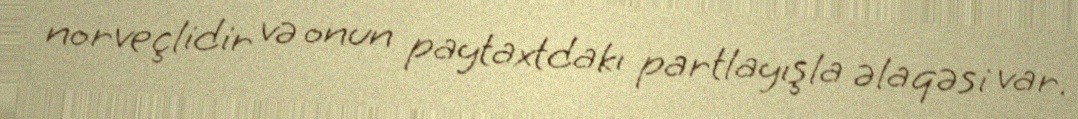
norveçlidir və onun paytaxtdakı partlayışla əlaqəsi var.